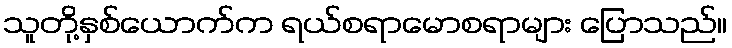
သူတို့နှစ်ယောက်က ရယ်စရာမောစရာများ ပြောသည်။